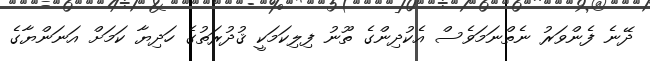
ދޭނެ ފެންވަރު ނެތްނަމަވެސް އެކުދިންގެ ތޫނު ފިލިކަމަކީ ޤުދުރަތުގެ ހަދިޔާ ކަމަށް އަނަންޔާގެ